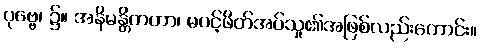
ပုဗ္ဗေ၊ ၌။ အနိမန္တိတတာ၊ မပင့်ဖိတ်အပ်သူ၏အဖြစ်လည်းကောင်း။